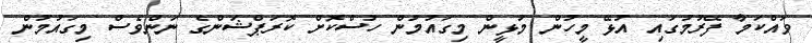
ވައްކަމާ ފޭރުމުގައި އުޅޭ މީހުން މުޅީން މިގައުމުން ހުސްކޮށް ކޮރަޕްޝަންގެ ނަންވެސް މިގައުމުން